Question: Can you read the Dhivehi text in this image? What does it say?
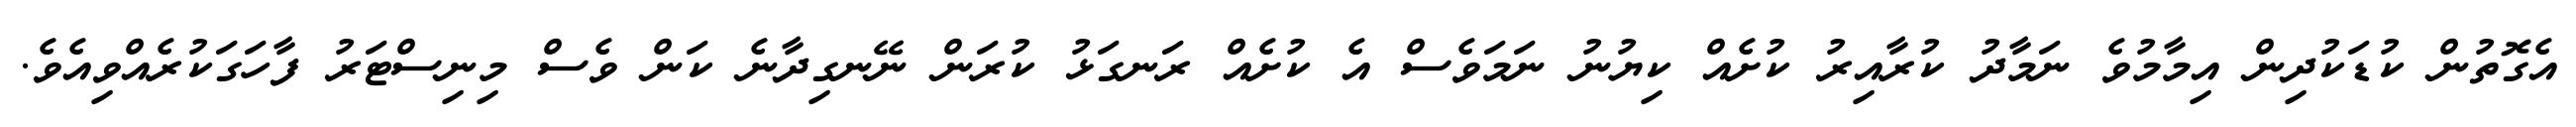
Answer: އެގޮތުން ކުޑަކުދިން އިމާމުވެ ނަމާދު ކުރާއިރު ކުށެއް ކިޔުނު ނަމަވެސް އެ ކުށެއް ރަނގަޅު ކުރަން ނޭނގިދާނެ ކަން ވެސް މިނިސްޓަރު ފާހަގަކުރެއްވިއެވެ.